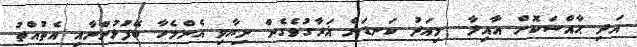
އަދި ޙާއްސަކޮށް އާއިލާ... މިއަދު ކަނޑަށް ޣަރާގުވެގެން ނިޔާވި އެންމެހާ ބޭފުޅުންނާއި އެތުއްތު